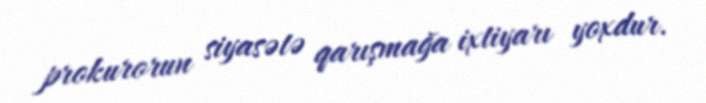
prokurorun siyasətə qarışmağa ixtiyarı yoxdur.